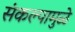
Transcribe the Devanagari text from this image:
संकल्पामुळे